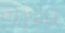
نظريه